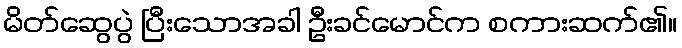
မိတ်ဆွေပွဲ ပြီးသောအခါ ဦးခင်မောင်က စကားဆက်၏။